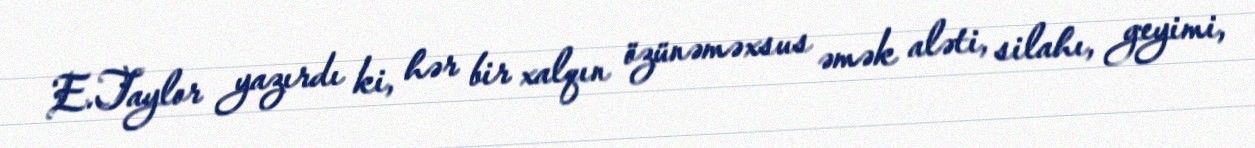
E.Taylor yazırdı ki, hər bir xalqın özünəməxsus əmək aləti, silahı, geyimi,